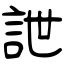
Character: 詍